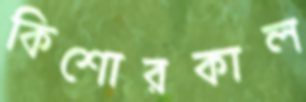
কিশোরকাল